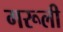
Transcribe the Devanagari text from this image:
गरूली